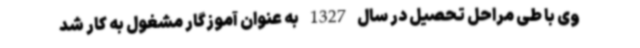
وی با طی مراحل تحصیل در سال 1327 به عنوان آموزگار مشغول به کار شد